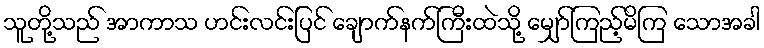
သူတို့သည် အာကာသ ဟင်းလင်းပြင် ချောက်နက်ကြီးထဲသို့ မျှော်ကြည့်မိကြ သောအခါ